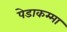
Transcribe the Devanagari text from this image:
पेडाकम्मा